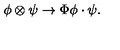
\phi \otimes \psi \rightarrow \Phi \phi \cdot \psi .